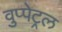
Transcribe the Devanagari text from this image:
वुप्‍पेट्रल